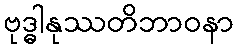
ဗုဒ္ဓါနုဿတိဘာဝနာ